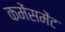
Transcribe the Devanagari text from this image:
कमेंसमेंट